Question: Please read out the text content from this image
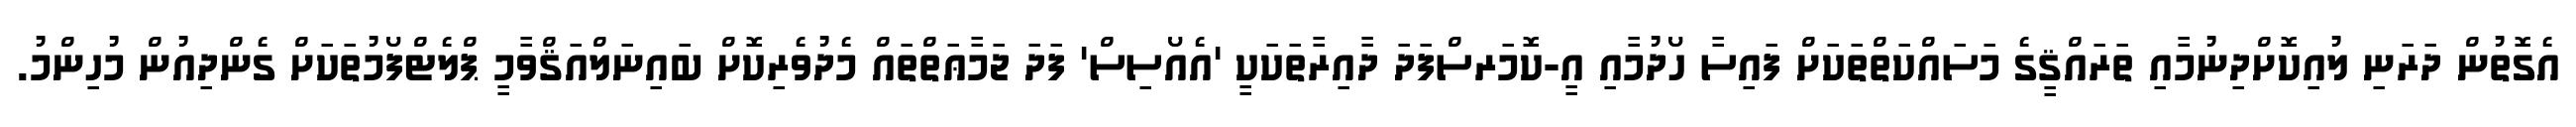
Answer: އެގޮތުން ދަރަނި ލުއިކޮށްދިނުމާއި ތަރައްޤީގެ މަސައްކަތްތަކަށް ފައިސާ ހޯދުމާއި އީ-ކޮމަރސްފަދަ ދާއިރާތަކަކީ 'އެއޯސިސް' ފަދަ ޖަމާޢަތްތައް މެދުވެރިކޮށް ބައިނަލްއަޤްވާމީ ޕްލެޓްފޯމުތަކަށް ގެންދިއުން މުހިންމު.